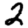
Digit: 2